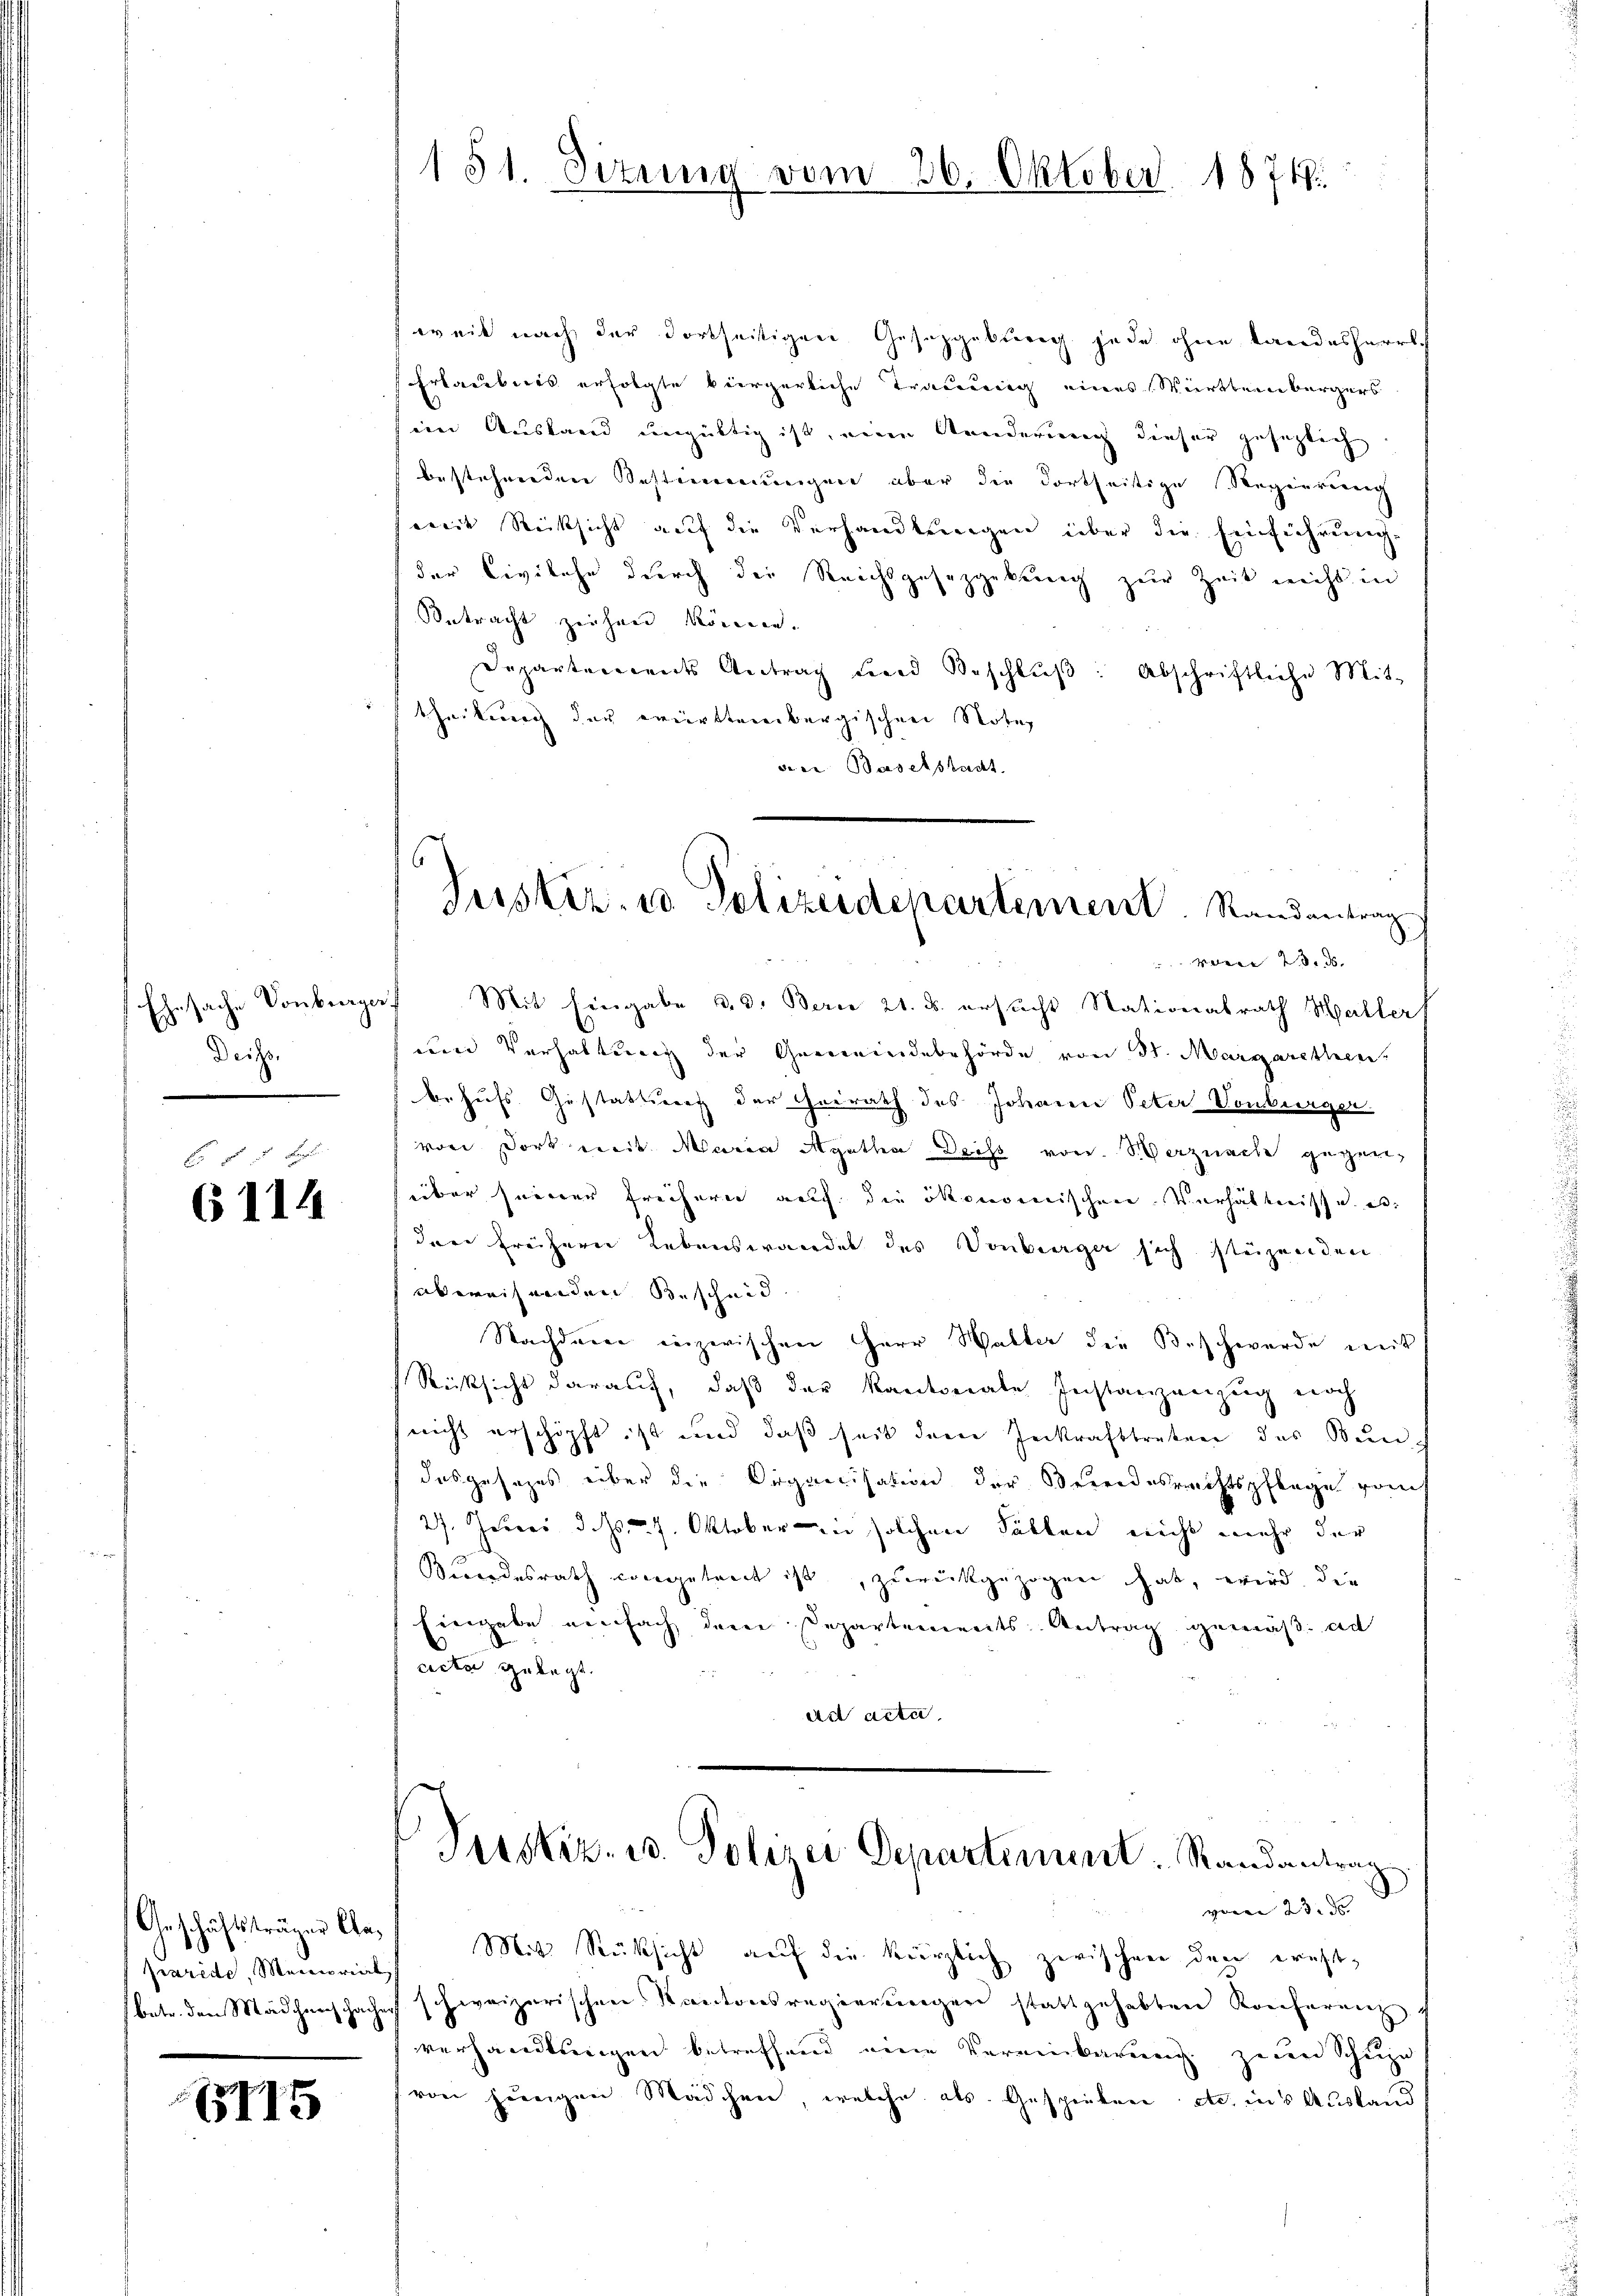
Deit.

f 5 x
6114

Geschäftsträger Cla¬
Praride, Memorial
betr. den Mädchenes Facher

115

151. Ditung vom 26. Oktober 18719.

weil nach der dortseitigen Gesetzgebung jede ohne Landesharrt.
Erlaubnis erfolgte viergerliche Trauung eines Württembergers
eine Ausland ungültig ist, eine Kunderung dieser gesetzlich
bestehenden Bestimmungen aber die dortheitige Regierung
weit Rücksicht auf die Verhandlungen über die Einführung,
der Civilehe durch der Reichsgesezgebung zur Zeit nicht in
Betracht zeihnen können.
Departements Antrag und Beschlŭβ: Abschriftliche Mit-
theilung der württembergischen Notiz
der Baselstadt

Justiz- u Polizeidepartement. Randantrag

Ehesache Vonburger Mit Eingabe d. d. Bern 21. d. ersucht Stationalrath Haller
eie Verhaltung der Gemeindebehörde von St. Margarethen
behufs Gestattung der Geirath des Johann Peter Vonburger
von dort mit Maria Agatha Deiss von S. Verznach gegenüber seiner Freihern auch die ökonomischen Verhältnisse u.
der freihern Lebenswandel des Vonburger sich stüzenden
abweisenden Bescheid
Nachdenen inzwischen Herr Walter die Beschwerde weit
Rücksicht darauf, daß der Kantonale Instanzenzug noch
(nicht erschöpft ist und daß seit dere Zerkrafttreten das Bun
das gesezes über die Organisation der Bereidesrechtspflege vot
27. Jenner d. Js. 7. Oktober zu solchen Fällen nicht mehr der
Bundesrath vorgetreit ist, zurückgezogen hab, wird die
Eingabe einfach dene Separtements-Antrag gemäß ad
acta gelegt.

ad acta

Justiz- u. Polizei Departement Randantrag

var 23. d.

zwen 23. ds. |
Mit Rücksicht auf die kürzlich zwischen den ernsthivvizerischen Kantonsregierungen stattgehabten Konferenz.
verhandlungen betreffend eine Vereinbarung zum Schupe
von jungen Mädchen, welche als Gespielen etc. ins Ausland